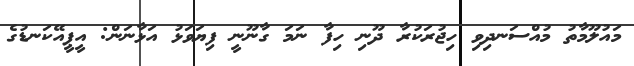
މައުލޫމާތު މުއްސަނދިވި ހިޖުރަކުރާ ދޫނި ހިފާ ނަމަ ގާނޫނީ ފިޔަވަޅު އަޅާނަން: އީޕީއޭކަނޑުގެ